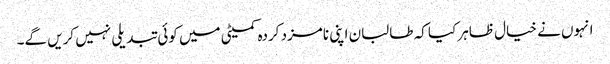
انہوں نے خیال ظاہر کیا کہ طالبان اپنی نامزد کردہ کمیٹی میں کوئی تبدیلی نہیں کریں گے۔